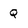
Character: q